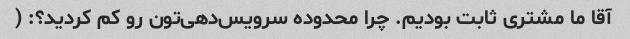
آقا ما مشتری ثابت بودیم. چرا محدوده سرویس‌دهی‌تون رو کم کردید؟: (